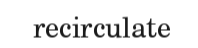
recirculate